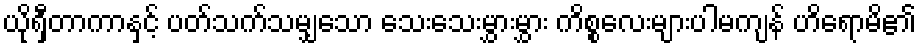
ယိုရှီတာကာနှင့် ပတ်သက်သမျှသော သေးသေးမွှားမွှား ကိစ္စလေးများပါမကျန် ဟိရောမိ၏